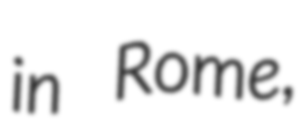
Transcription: in Rome,